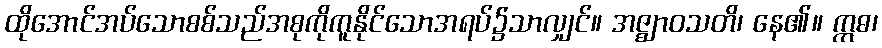
ထိုအောင်အပ်သောစစ်သည်အစုကိုကူနိုင်သောအရပ်၌သာလျှင်။ အဇ္ဈာဝသတိ၊ နေ၏။ ဣဓ၊